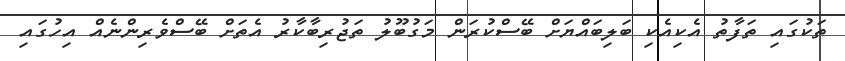
ތަކުގައި ތަފާތު އެކިއެކި ބަލިބައްޔަށް ބޭސްކުރަން މަގުބޫލު ތަޖުރިބާކާރު އެތަށް ބޭސްވެރިންނެއް އިހުގައި